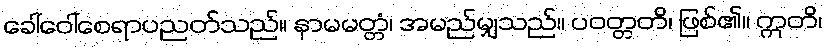
ခေါ်ဝေါ်စေရာပညတ်သည်။ နာမမတ္တံ၊ အမည်မျှသည်။ ပဝတ္တတိ၊ ဖြစ်၏။ ဣတိ၊